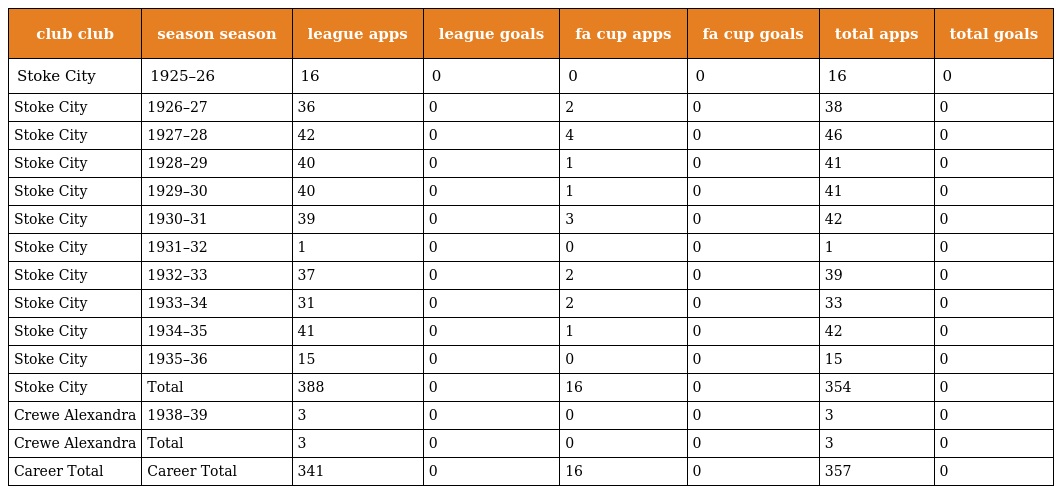
| club club | season season | league apps | league goals | fa cup apps | fa cup goals | total apps | total goals |
 | --- | --- | --- | --- | --- | --- | --- | --- |
 | Stoke City | 1925–26 | 16 | 0 | 0 | 0 | 16 | 0 |
 | Stoke City | 1926–27 | 36 | 0 | 2 | 0 | 38 | 0 |
 | Stoke City | 1927–28 | 42 | 0 | 4 | 0 | 46 | 0 |
 | Stoke City | 1928–29 | 40 | 0 | 1 | 0 | 41 | 0 |
 | Stoke City | 1929–30 | 40 | 0 | 1 | 0 | 41 | 0 |
 | Stoke City | 1930–31 | 39 | 0 | 3 | 0 | 42 | 0 |
 | Stoke City | 1931–32 | 1 | 0 | 0 | 0 | 1 | 0 |
 | Stoke City | 1932–33 | 37 | 0 | 2 | 0 | 39 | 0 |
 | Stoke City | 1933–34 | 31 | 0 | 2 | 0 | 33 | 0 |
 | Stoke City | 1934–35 | 41 | 0 | 1 | 0 | 42 | 0 |
 | Stoke City | 1935–36 | 15 | 0 | 0 | 0 | 15 | 0 |
 | Stoke City | Total | 388 | 0 | 16 | 0 | 354 | 0 |
 | Crewe Alexandra | 1938–39 | 3 | 0 | 0 | 0 | 3 | 0 |
 | Crewe Alexandra | Total | 3 | 0 | 0 | 0 | 3 | 0 |
 | Career Total | Career Total | 341 | 0 | 16 | 0 | 357 | 0 |